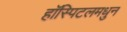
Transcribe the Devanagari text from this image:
हॉस्पिटलमधुन